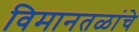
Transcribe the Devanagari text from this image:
विमानतळांचे